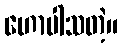
ဟောပါသတဲ့။